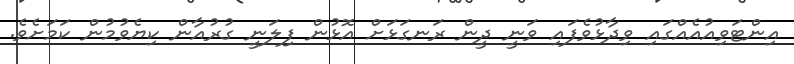
އިންޓަވިއުއެއްގައި ވިދާޅުވެފައި ވަނީ ދީން ރަނގަޅަށް އޮޅުން ފިލަނީ ގުރުއާން ކިޔެވުމުން ކަމަށެވެ.